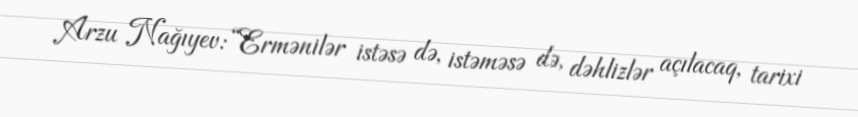
Arzu Nağıyev: “Ermənilər istəsə də, istəməsə də, dəhlizlər açılacaq, tarixi